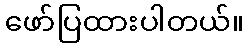
ဖော်ပြထားပါတယ်။